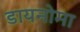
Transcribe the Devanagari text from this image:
डायनोमा